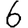
Digit: 6